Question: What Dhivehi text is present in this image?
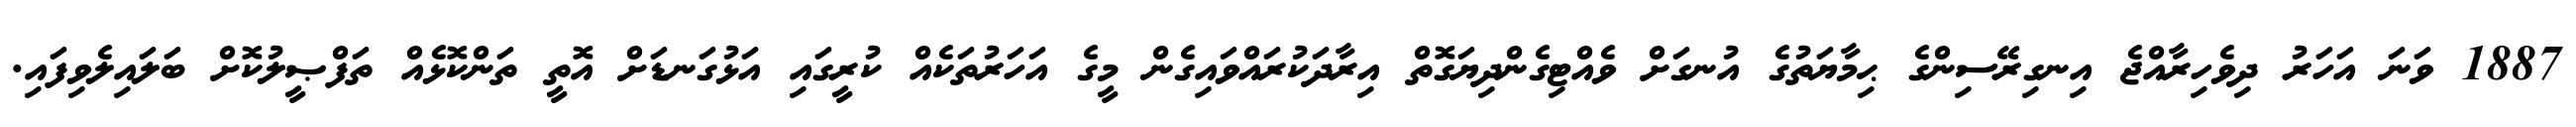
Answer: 1887 ވަނަ އަހަރު ދިވެހިރާއްޖެ އިނގިރޭސިންގެ ޙިމާޔަތުގެ އުނގަށް ވެއްޓިގެންދިޔަގޮތް އިރާދަކުރައްވައިގެން މީގެ އަހަރުތަކެއް ކުރީގައި އަޅުގަނޑަށް އޮތީ ތަންކޮޅެއް ތަފްޞީލުކޮށް ބަލައިލެވިފައި.